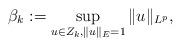
LaTeX: \begin{align*} \beta_k:=\sup_{u\in Z_k, \|u\|_E=1}\|u\|_{L^p},\end{align*}